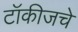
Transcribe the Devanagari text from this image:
टॉकीजचे